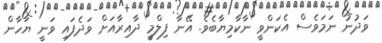
ވަދުނު ނަމަވެސް އެކަންވީ ނާކާމިޔާބެވެ. އޭނާ ފިލްމީ ދާއިރާއަށް ވަދެފައި ވަނީ ޔަހާން